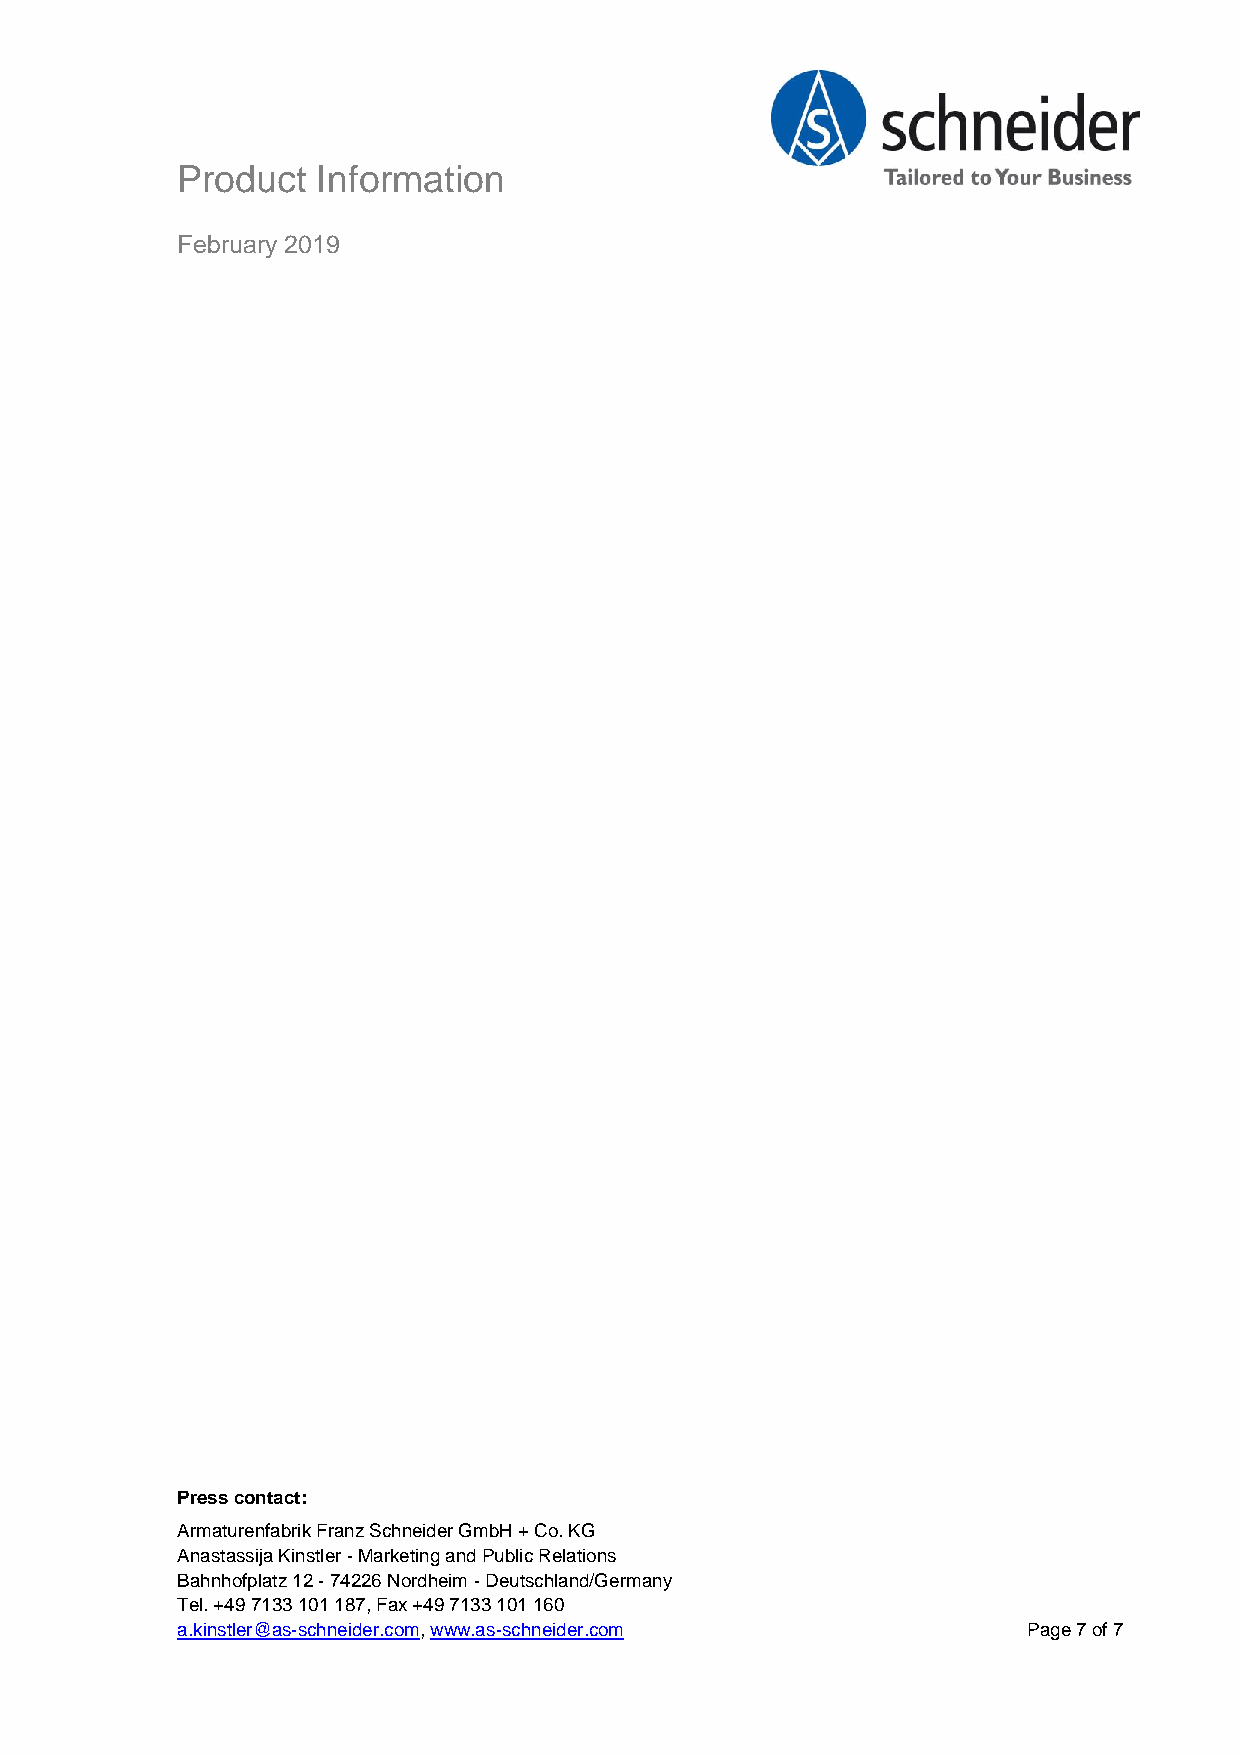
Product  Information
 February 2019
 Press contact:
 Armaturenfabrik Franz Schneider GmbH + Co. KG
 Anastassija Kinstler - Marketing and Public Relations
 Bahnhofplatz 12 - 74226 Nordheim - Deutschland/Germany
 Tel. +49 7133 101 187, Fax +49 7133 101 160
 a.kinstler@as-schneider.com, www.as-schneider.com       Page 7 of 7